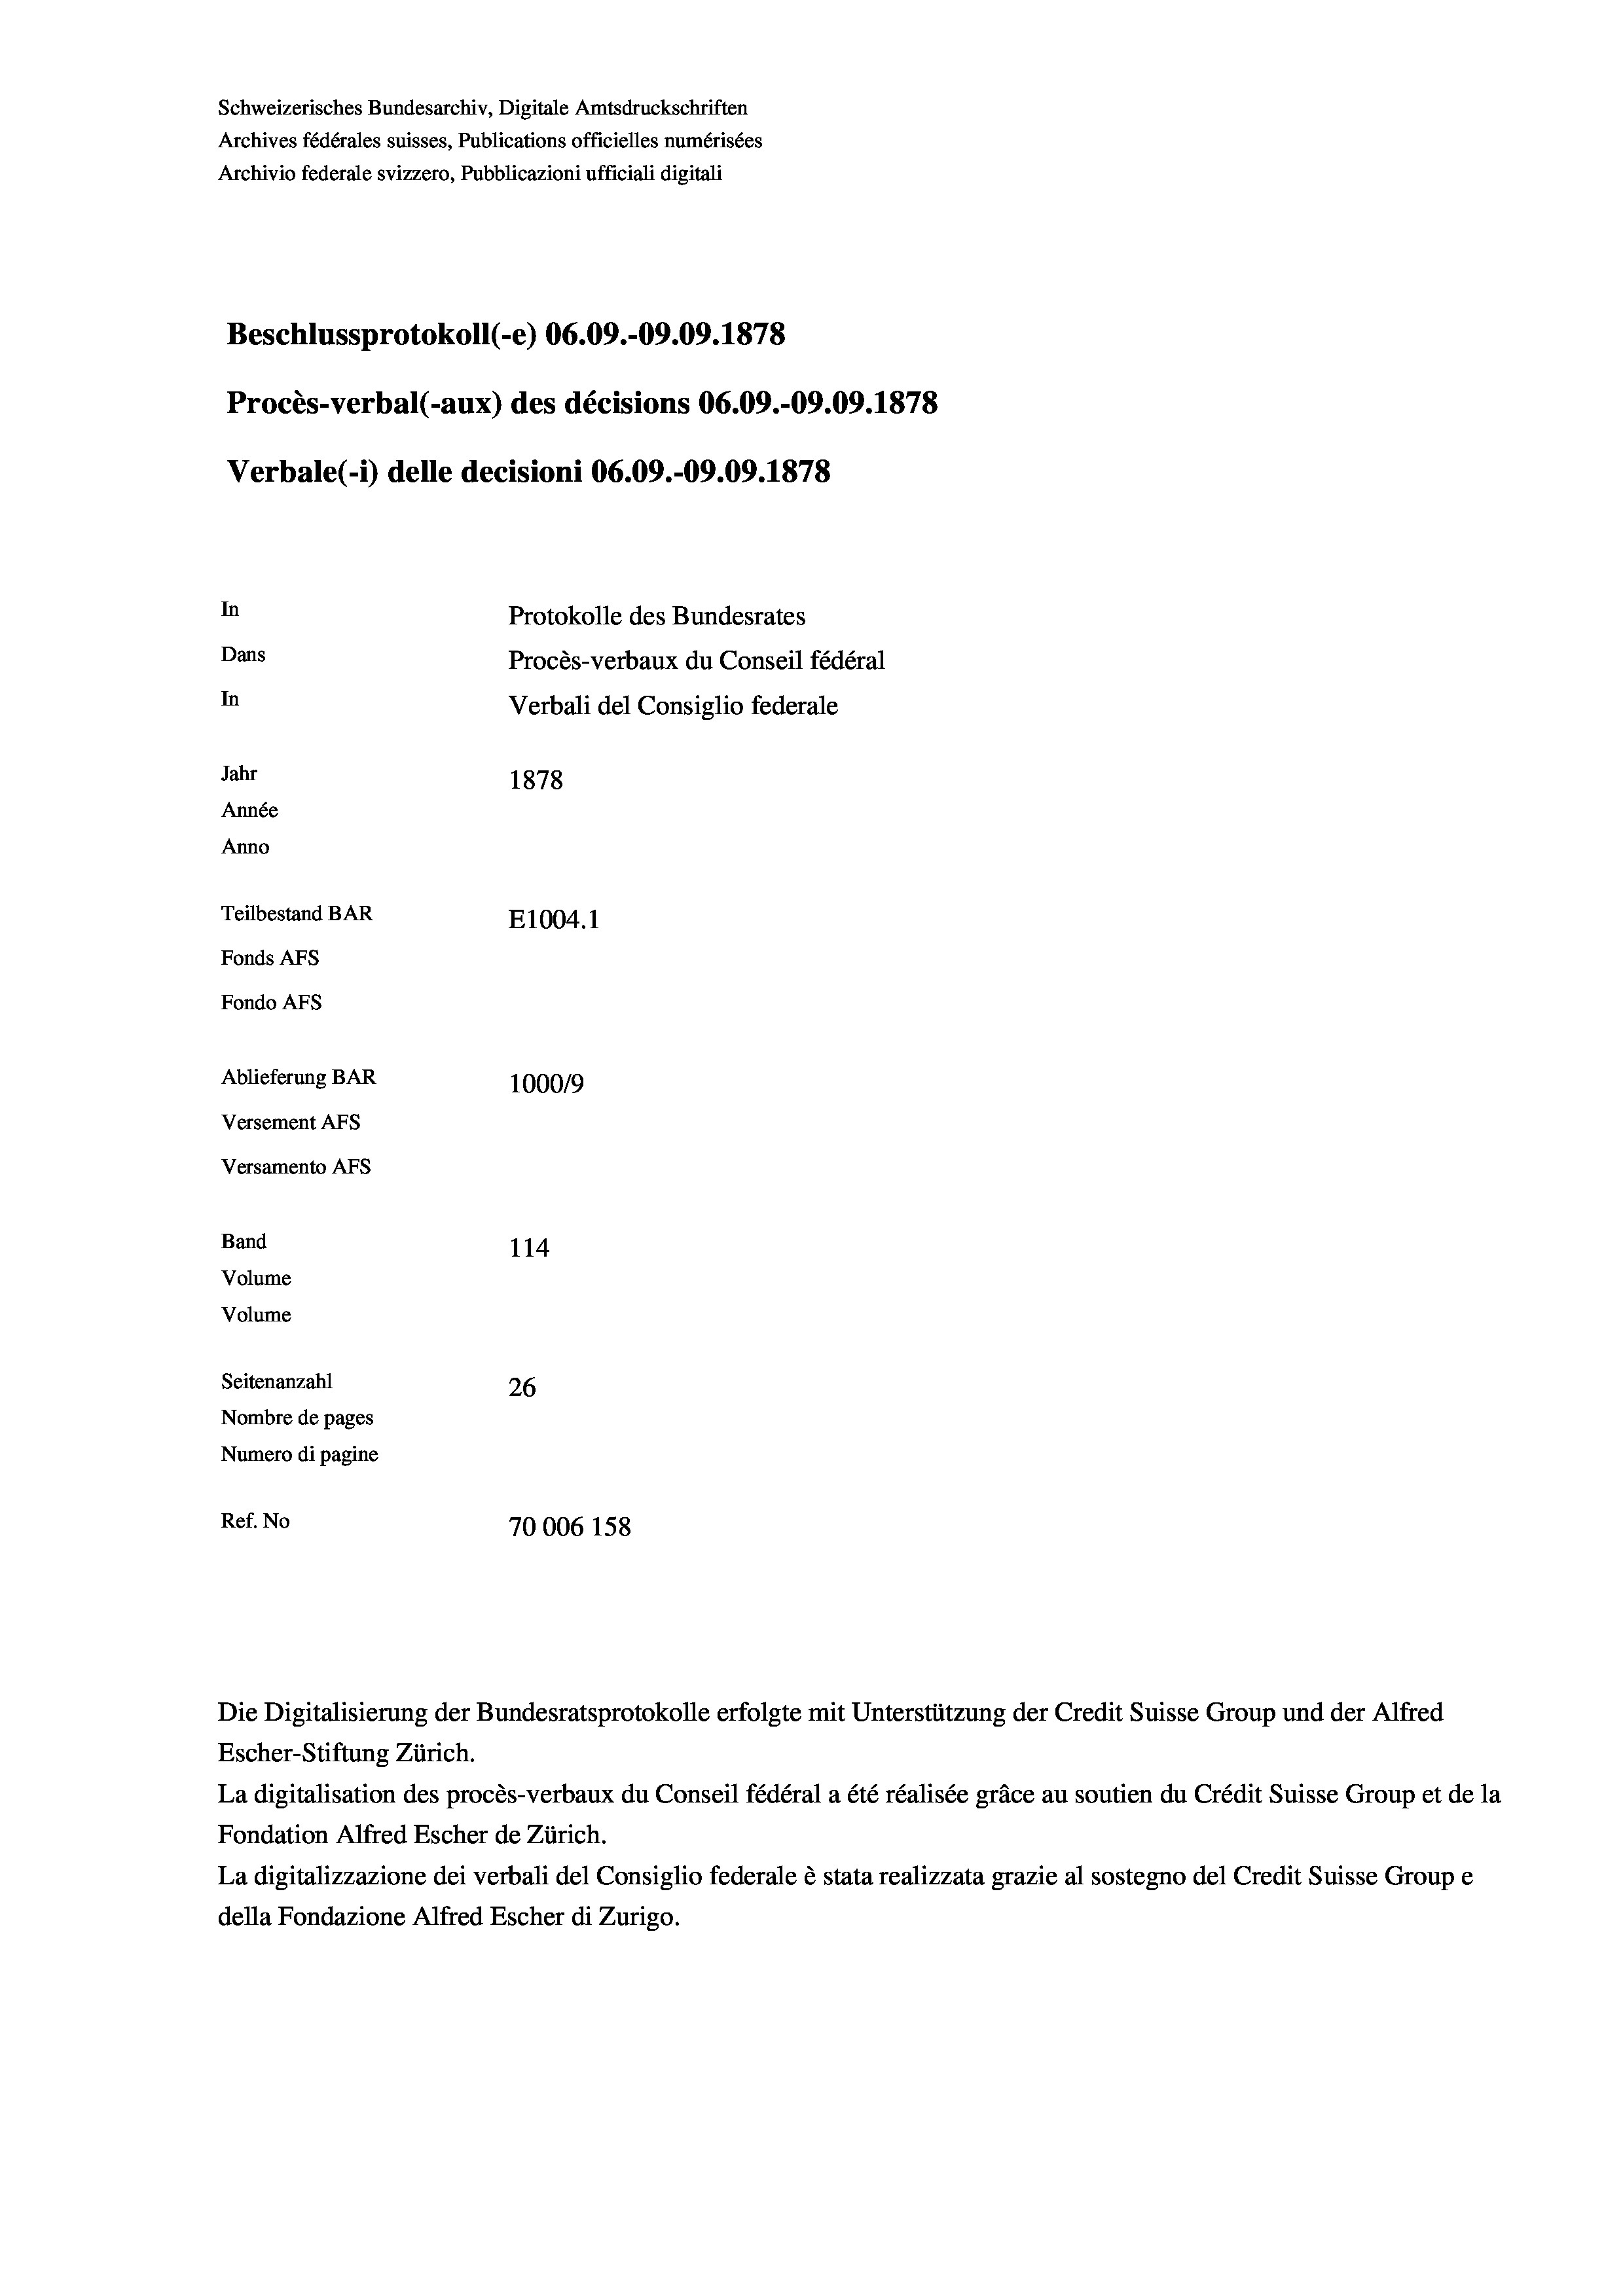
Schweizerisches Bundesarchiv, Digitale Amtsdruckschriften
Archives fédérales suisses, Publications officielles numérisées
Archivio federale svizzero, Pubblicazioni ufficiali digitali
Beschlussprotokoll (e) 06.09.-09.09. 1878
Procès-verbal (-aux) des décisions 06.09.-09.09. 1878
Verbale (1) delle decisioni 06.09.-09.09. 1878
In
Protokolle des Bundesrates
Dans
Procès-verbaux du Conseil fédéral
In
Verbali del Consiglio federale
Jahr
1878
Année
Anno
Teilbestand BAR
E1004. 1
Fonds AFs
Fondo Afs
Ablieferung BAR
100019
Versement AFs
Versamento AFs
Band
114
Volume
Volume

Seitenanzahl
26
Nombre de pages
Numero di pagine
Ref. No
70006 158

Escher-Stiftung Zürich.
La digitalisation des procès-verbaux du Conseil fédéral a été réalisée gräce au soutien du Crédit Suisse Group et de la
Fondation Alfred Escher de Zürich.
La digitalizzazione dei verbali del Consiglio federale è stata realizzata grazie al sostegno del Credit Suisse Groupe
della Fondazione Alfred Escher di Zurigo.

Die Digitalisierung der Bundesratsprotokolle erfolgte mit Unterstützung der Credit Suisse Group und der Alfred